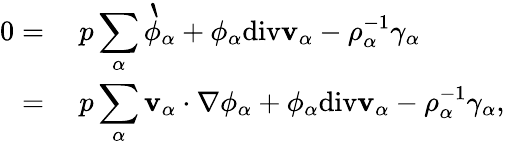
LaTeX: \begin{array}{rl}{0=}&{{}~p\displaystyle\sum_{\alpha}\grave{\phi}_{\alpha}+\phi_{\alpha}\mathrm{div}\mathbf{v}_{\alpha}-\rho_{\alpha}^{-1}\gamma_{\alpha}}\\ {=}&{{}~p\displaystyle\sum_{\alpha}\mathbf{v}_{\alpha}\cdot\nabla\phi_{\alpha}+\phi_{\alpha}\mathrm{div}\mathbf{v}_{\alpha}-\rho_{\alpha}^{-1}\gamma_{\alpha},}\end{array}